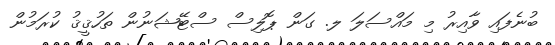
ބުނެފައި ވާއިރު މި މައްސަލަ ލ. ގަން ޕޮލިސް ސްޓޭޝަނުން ތަހުޤީޤު ކުރަމުން